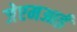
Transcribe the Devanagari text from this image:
जेएमआई